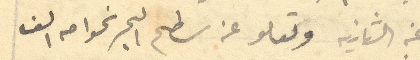
عن الثانية وتعلو عن سطح البحر نحوا من الف